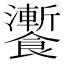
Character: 𩟗